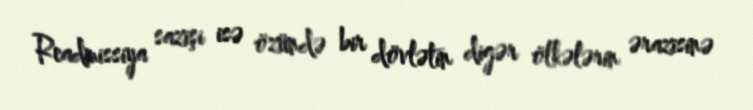
Readmissiya sazişi isə özündə bir dövlətin digər ölkələrin ərazisinə